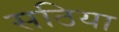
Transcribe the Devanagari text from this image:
सठिया